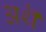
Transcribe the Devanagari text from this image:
अथॆ